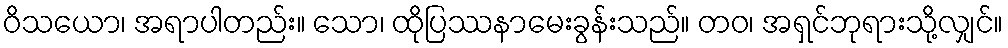
ဝိသယော၊ အရာပါတည်း။ သော၊ ထိုပြဿနာမေးခွန်းသည်။ တဝ၊ အရှင်ဘုရားသို့လျှင်။